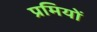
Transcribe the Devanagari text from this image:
प्रमियों